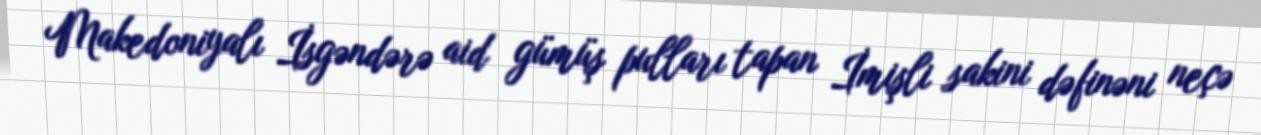
Makedoniyalı İsgəndərə aid gümüş pulları tapan İmişli sakini dəfinəni neçə